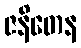
ဇနိတေန